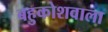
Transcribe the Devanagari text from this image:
बहुकोशवाला